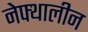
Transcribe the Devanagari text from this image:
नेफ्थालीन